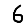
Digit: 6